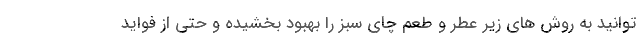
توانید به روش های زیر عطر و طعم چای سبز را بهبود بخشیده و حتی از فواید